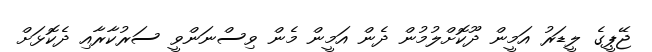
ޖޭޕީގެ ލީޑަރު އަމީން ދޫކޮށްލުމުން ދެން އަމީން މެން ވިސްނަންވީ ސަރުކާރާއި ދެކޮޅަށް